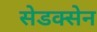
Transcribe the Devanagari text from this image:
सेडक्सेन